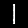
Label: 1